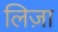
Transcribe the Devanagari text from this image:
लिज़ा